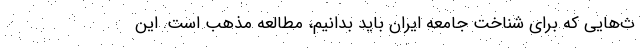
ث‌هایی که برای شناخت جامعه ایران باید بدانیم، مطالعه مذهب است. این